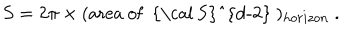
S = 2 \pi \times ( \mathrm { a r e a ~ o f ~ { \cal ~ S } ^ { d - 2 } ~ } ) _ { h o r i z o n } \ .